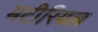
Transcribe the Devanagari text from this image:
मटीरियल